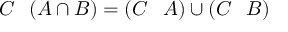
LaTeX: C \setminus ( A \cap B ) = ( C \setminus A ) \cup ( C \setminus B )